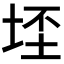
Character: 𭎠